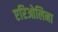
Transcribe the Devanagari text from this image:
एरिओलिना